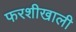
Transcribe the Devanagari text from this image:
फरशीखाली